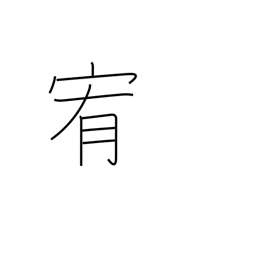
Meaning: pacify